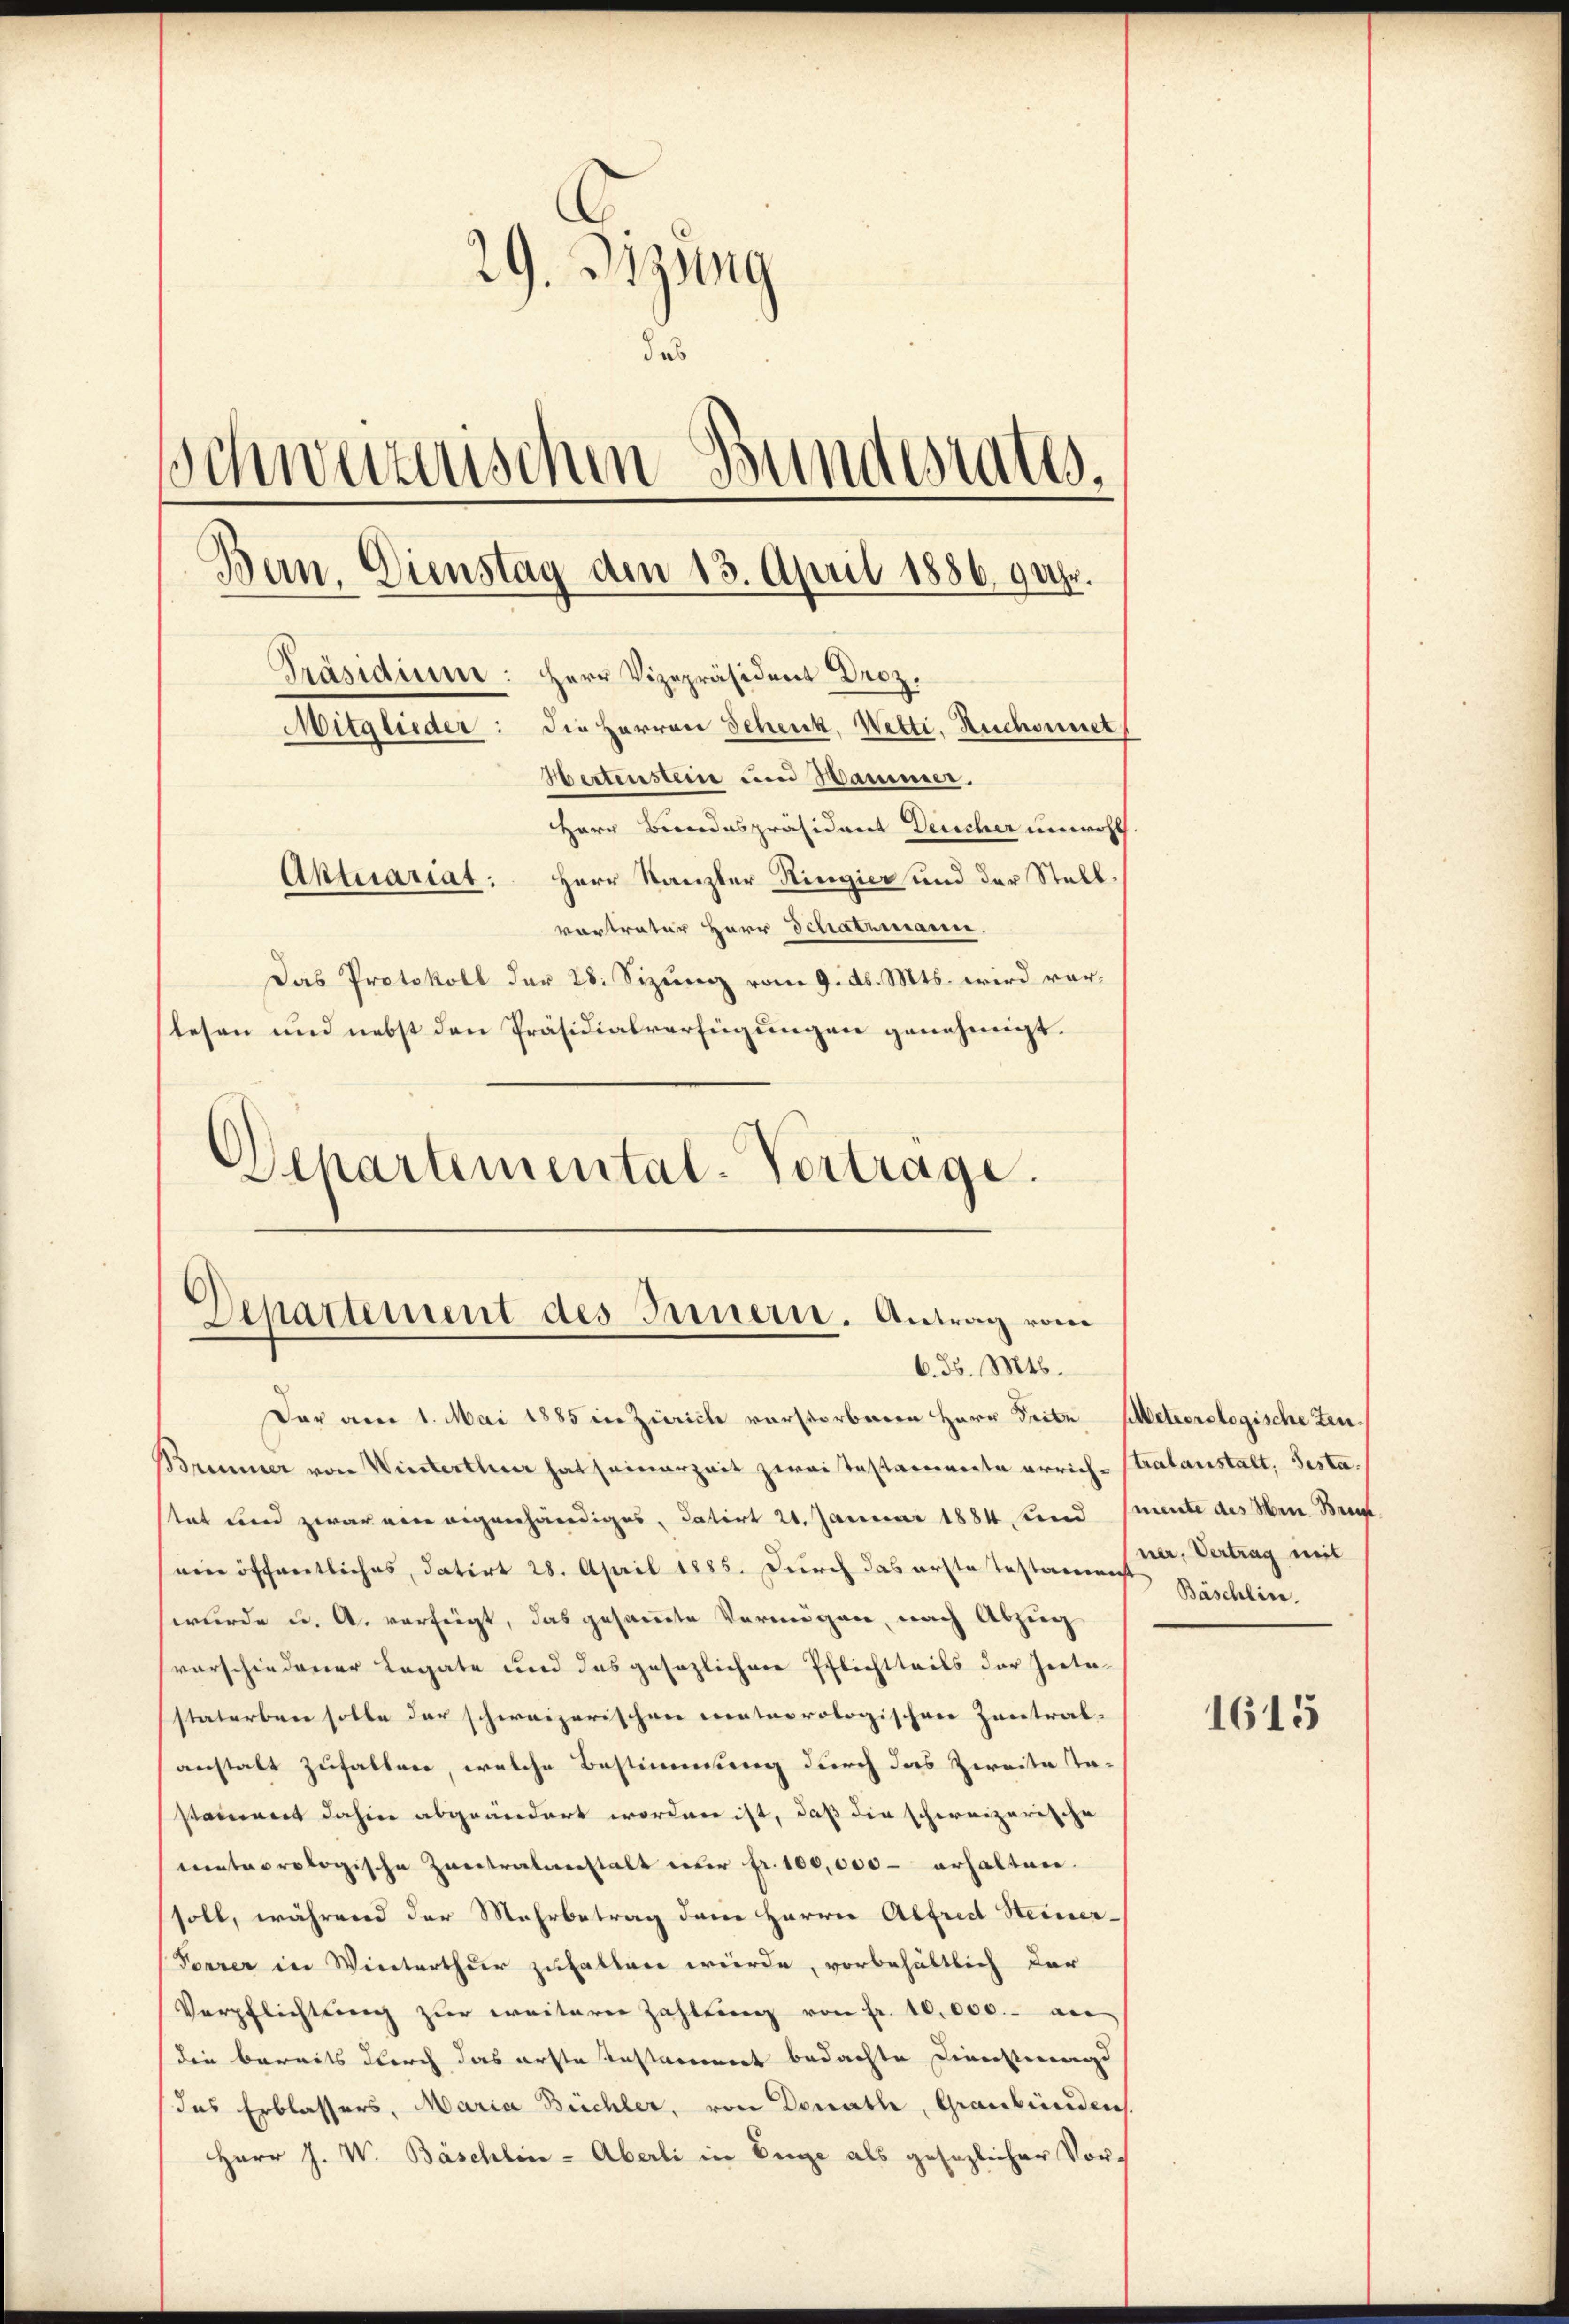
29. Jörg
das
schweizerischen Bundestatt.
Ban. Dienstag dem 13. April 1886 9 Uhr.
Präsidium: Herr Vizepräsident Droz.
Mitglieder: die Herren Schenk, Wetti, Ruchornet
Hertenstein und Wammer.
Herr Bundespräsident Deucher unwohl.
Aktuariat: Herr Kanzler Ringier und der Stellvortrater Herr Schatzmann.
Das Protokoll der 28. Sizung vom 9. d. Mts. wird vortesen und nebst den Präsidialverfügungen genehmigt.

Departemental-Vertrage.

Dar am 1. Mai 1885 in Zürich verstorberen Herr Seite Meteorologische Zeu¬
Brunner von Winterther hat seinerzeit zweitestamente errich-Stralanstalt, Testastat und zwar ein eigenhändiges, datirt 21. Januar 1884 und mente des Hrn. Brunein öffentliches, datirt 28. April 1885. Durch das erste Testammes Böschlin
wurde u. A. verfügt, das gesammte Vermögen, nach Abzug
vorschiedener Legate und das gesezlichere Pflichtteils der Zeitestatorben solle der schweizerischen mateorologischen Zentral-
anstalt zufallen, welche Bestimmung durch das Zweite Ta-
stament dahin abgeändert worden ist, daß die schweizerische
meteorologische Zerstratenstalt über fr. 100,000 - erhalten.
soll, während der Mehrbetrag dem Herrn Alfred Steiner-
Vorrer in Winterthur zufallen würde, vorbehältlich der
Verpflichtung zur weiterer Zahlung von Fr. 10,000.- an
die bereits durch das erste Instaniert bedachte Dienstmagd
das Erblassers, Maria Büchler, von Donath, Graubünden
Herr J. W. Bäschlin - Aberli in Berge als gesezlicher Vor¬

Departement des Innern. Antrag vom
6. d. Mts.

ner, Vertrag mit

1615